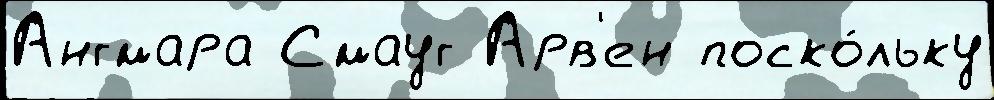
Ангмара Смауг Арв'ен поско́льку